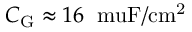
C _ { \mathrm { G } } \approx 1 6 \: \mathrm { \ m u F / c m ^ { 2 } }